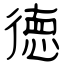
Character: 徳